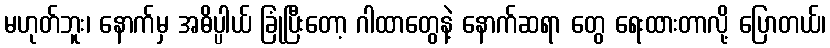
မဟုတ်ဘူး၊ နောက်မှ အဓိပ္ပါယ် ခြုံပြီးတော့ ဂါထာတွေနဲ့ နောက်ဆရာ တွေ ရေးထားတာလို့ ပြောတယ်၊